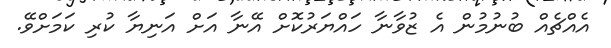
އެއްޗެއް ބުނުމުން އެ ޒުވާނާ ހައްޔަރުކޮށް އޭނާ އަށް އަނިޔާ ކުރި ކަމަށްވޭ.